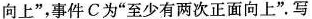
向上”，事件C为”至少有两次正面向上”。写